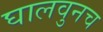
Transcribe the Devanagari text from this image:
घालवुनच